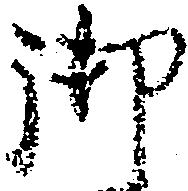
御